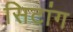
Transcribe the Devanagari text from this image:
सिटांग